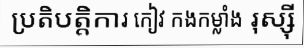
ប្រតិបត្តិការ កៀវ កងកម្លាំង រុស្ស៊ី